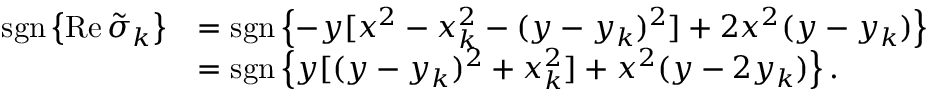
\begin{array} { r l } { \operatorname { s g n } \left\{ \operatorname { R e } \tilde { \sigma } _ { k } \right\} } & { = \operatorname { s g n } \left\{ - y [ x ^ { 2 } - x _ { k } ^ { 2 } - ( y - y _ { k } ) ^ { 2 } ] + 2 x ^ { 2 } ( y - y _ { k } ) \right\} } \\ & { = \operatorname { s g n } \left\{ y [ ( y - y _ { k } ) ^ { 2 } + x _ { k } ^ { 2 } ] + x ^ { 2 } ( y - 2 y _ { k } ) \right\} . } \end{array}